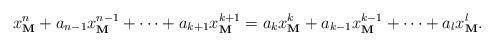
LaTeX: \begin{align*}x_{\mathbf{M}}^n+a_{n-1}x_{\mathbf{M}}^{n-1}+\dots +a_{k+1}x_{\mathbf{M}}^{k+1}=a_k x_{\mathbf{M}}^k+a_{k-1} x_{\mathbf{M}}^{k-1}+\dots+ a_l x_{\mathbf{M}}^l.\end{align*}